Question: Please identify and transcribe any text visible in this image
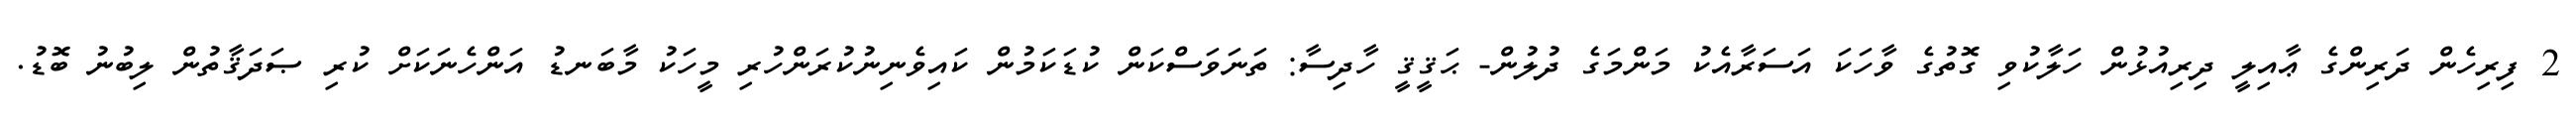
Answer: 2 ފިރިހެން ދަރިންގެ ޢާއިލީ ދިރިއުޅުން ހަލާކުވި ގޮތުގެ ވާހަކަ އަސަރާއެކު މަންމަގެ ދުލުން- ޙަޤީޤީ ހާދިސާ: ތަނަވަސްކަން ކުޑަކަމުން ކައިވެނިނުކުރަންހުރި މީހަކު މާބަނޑު އަންހެނަކަށް ކުރި ޞަދަޤާތުން ލިބުނު ބޮޑު.